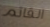
القاتم